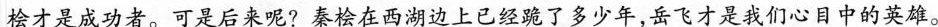
桧才是成功者。可是后来呢?秦桧在西湖边上已经跪了多少年，岳飞才是我们心目中的英雄。